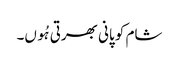
شام کو پانی بھرتی ہُوں۔